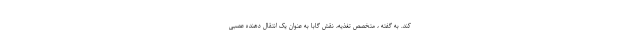
کند. به گفته ، متخصص تغذیه، نقش گابا به عنوان یک انتقال دهنده عصبی